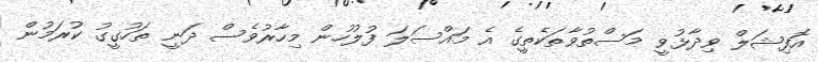
އޮފިޝަލް ވިދާޅުވީ މަސްތުވާތަކެތީގެ އެ މައްސަލަ ފުލުހުން މިހާރުވެސް ދަނީ ތަހުގީގު ކުރަމުން